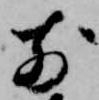
前